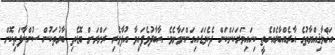
އަޚްލާޤިއްޔާތުގެ އާރެއްބާރެއްނެތީ ކިހައިވަރަކަށްކަން ދެކެވަޑައިގަންނަވާށެވެ. އާބާދުވެފައިވާ އުފާވެރި ރަށްރަށް ބޮޑެތި ބާރުތަކުން ސުންނާފަތިކޮށް